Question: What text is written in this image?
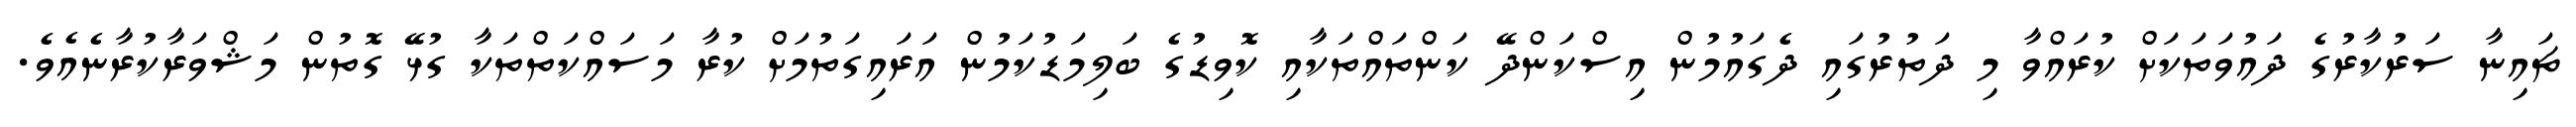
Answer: ޗައިނާ ސަރުކާރުގެ ދައުވަތަކަށް ކުރައްވާ މި ދަތުރުގައި ދެގައުމުން އިސްކަންދޭ ކަންތައްތަކާއި ކޮވިޑުގެ ބަލިމަޑުކަމުން އަރައިގަތުމަށް ކުރާ މަސައްކަތްތަކާ ގުޅޭ ގޮތުން މަޝްވަރާކުރާނެއެވެ.